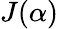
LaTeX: J(\alpha)